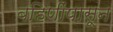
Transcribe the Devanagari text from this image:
बहिणींपासून